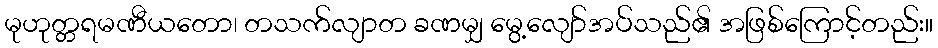
မုဟုတ္တရမဏီယတော၊ တသက်လျာတ ခဏမျှ မွေ့လျော်အပ်သည်၏ အဖြစ်ကြောင့်တည်း။